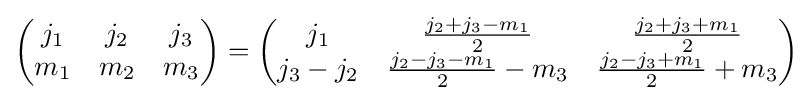
{\begin{pmatrix}j_{1}&j_{2}&j_{3}\\m_{1}&m_{2}&m_{3}\end{pmatrix}}={\begin{pmatrix}j_{1}&{\frac {j_{2}+j_{3}-m_{1}}{2}}&{\frac {j_{2}+j_{3}+m_{1}}{2}}\\j_{3}-j_{2}&{\frac {j_{2}-j_{3}-m_{1}}{2}}-m_{3}&{\frac {j_{2}-j_{3}+m_{1}}{2}}+m_{3}\end{pmatrix}}